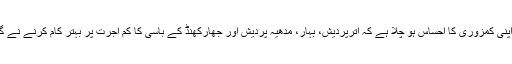
اس نفرت بھری مہم کی حقیقت تو یہ ہے کہ گجراتیوں کو اپنی کمزوری کا احساس ہو چلا ہے کہ اترپردیش، بہار، مدھیہ پردیش اور جھارکھنڈ کے باسی کا کم اجرت پر بہتر کام کرنے نے گجراتیوں کی آمدنی اور روزگار کے مواقع کم کردیئے ہیں۔